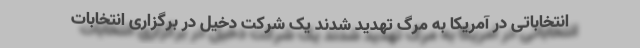
انتخاباتی در آمریکا به مرگ تهدید شدند یک شرکت دخیل در برگزاری انتخابات